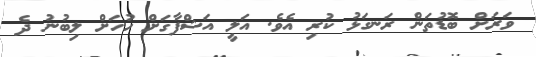
ވަރަށް ބޮޑުތަން ރަނގަޅު ކުރި އެވެ. އަލީ އަޝްފާގަށް ހުހަށް ލިބުނު ދެ